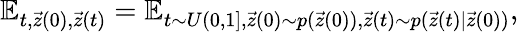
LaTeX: \mathbb{E}_{t,\vec{z}(0),\vec{z}(t)}=\mathbb{E}_{t\sim U(0,1],\vec{z}(0)\sim p(\vec{z}(0)),\vec{z}(t)\sim p(\vec{z}(t)|\vec{z}(0))},